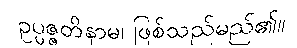
ဥပ္ပဇ္ဇတိနာမ၊ ဖြစ်သည်မည်၏။